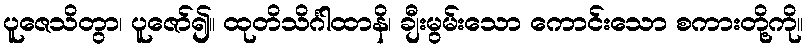
ပူဇေသိတွာ၊ ပူဇော်၍။ ထုတိသိင်္ဂါထာနိ၊ ချီးမွမ်းသော ကောင်းသော စကားတို့ကို။